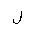
Letter: _lam